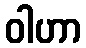
ဝါဟာ